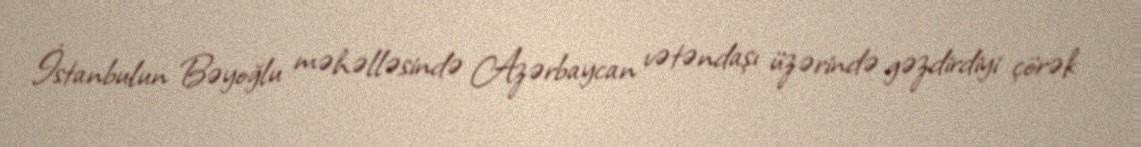
İstanbulun Bəyoğlu məhəlləsində Azərbaycan vətəndaşı üzərində gəzdirdiyi çörək